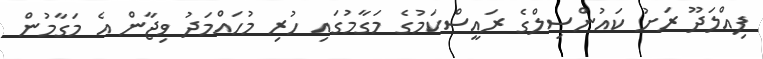
ފިއްލަދޫ ރަށު ކައުންސިލްގެ ރައީސްކަމުގެ މަގާމުގައި ހުރި މުހައްމަދު ވިޖާން އެ މަގާމުން